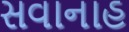
સવાનાહ